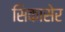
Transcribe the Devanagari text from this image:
सिकासेर